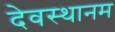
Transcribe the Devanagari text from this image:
देवस्‍थानम